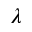
\lambda